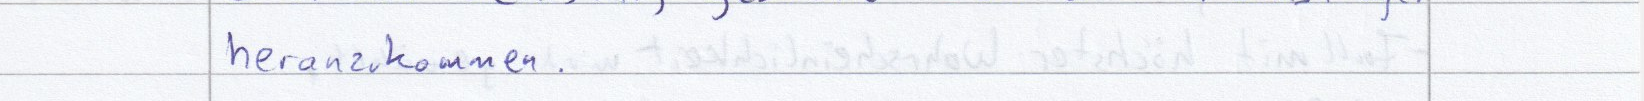
heranzukommen.